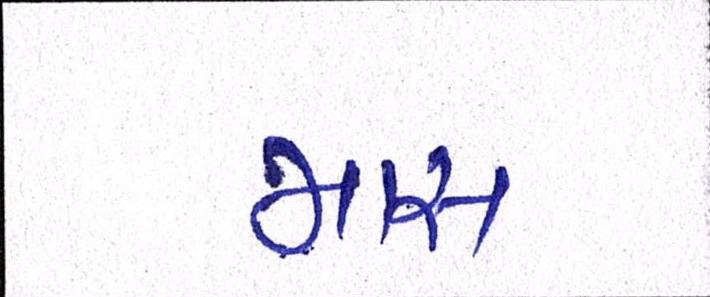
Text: માસ